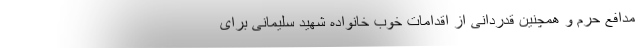
مدافع حرم و همچنین قدردانی از اقدامات خوب خانواده شهید سلیمانی برای